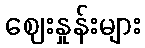
ဈေးနှုန်းများ